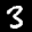
Label: 3